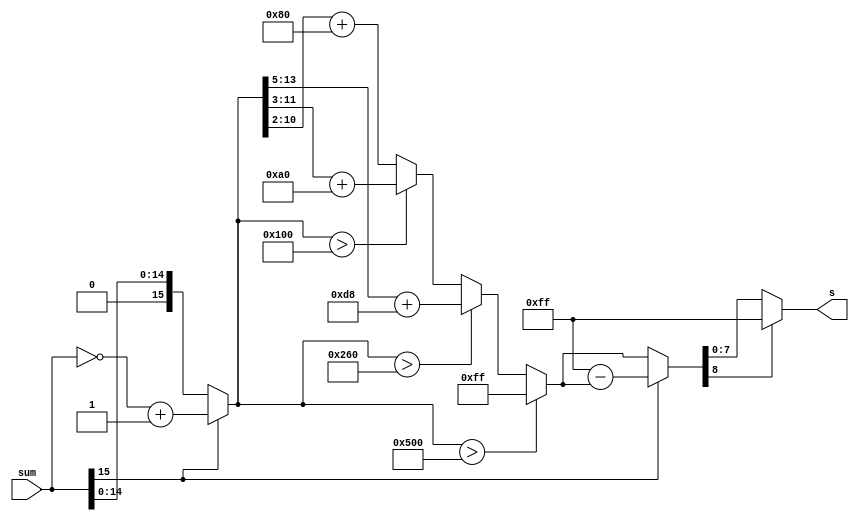
module sigmoid
  (input [15:0] sum,
   output reg[7:0] s);


   wire sign;
   reg [15:0] abs;
   assign sign = sum[15];
   reg [8:0] tmp;

  always @(sum) begin
    if (sign) begin
      abs = ~sum + 16'b0000_0000_0000_0001;
    end else begin
      abs = sum;
    end

    if (abs > 16'b0000_0101_0000_0000) begin  //5
      tmp = 9'b0_1111_1111;
    end else if (abs > 16'b0000_0010_0110_0000) begin //right 3bits, 216
      tmp = abs[13:5] +  9'b0_1101_1000;
    end else if (abs > 16'b0000_0001_0000_0000) begin // 5bits, 160
      tmp = abs[11:3] + 9'b0_1010_0000;
    end else begin // 8 bits, 128
      tmp = abs[10:2] + 9'b0_1000_0000;
    end


    if (sign) begin
      tmp = 9'b0_1111_1111 - tmp; // 256(1) - tmp
    end

    if (tmp[8] == 1) // overflow
      s = 8'b1111_1111;
    else
      s = tmp[7:0];
  end
endmodule